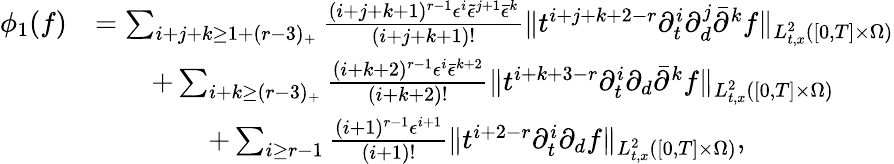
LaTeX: \begin{array}{rl}{\phi_{1}(f)}&{=\sum_{i+j+k\ge 1+(r-3)_{+}}\frac{(i+j+k+1)^{r-1}\epsilon^{i}\tilde{\epsilon}^{j+1}\bar{\epsilon}^{k}}{(i+j+k+1)!}\| t^{i+j+k+2-r}\partial_{t}^{i}\partial_{d}^{j}\bar{\partial}^{k}f\| _{L_{t,x}^{2}([0,T]\times\Omega)}}\\ &{\quad\quad+\sum_{i+k\ge(r-3)_{+}}\frac{(i+k+2)^{r-1}\epsilon^{i}\bar{\epsilon}^{k+2}}{(i+k+2)!}\| t^{i+k+3-r}\partial_{t}^{i}\partial_{d}\bar{\partial}^{k}f\| _{L_{t,x}^{2}([0,T]\times\Omega)}}\\ &{\quad\quad\quad\quad+\sum_{i\ge r-1}\frac{(i+1)^{r-1}\epsilon^{i+1}}{(i+1)!}\| t^{i+2-r}\partial_{t}^{i}\partial_{d}f\| _{L_{t,x}^{2}([0,T]\times\Omega)},}\end{array}